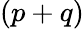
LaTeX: (p+q)